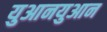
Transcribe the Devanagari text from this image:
युआनयुआन